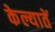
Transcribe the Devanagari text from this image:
केल्यातें